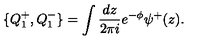
\{ Q _ { 1 } ^ { + } , Q _ { 1 } ^ { - } \} = \int { \frac { d z } { 2 \pi i } } e ^ { - \phi } \psi ^ { + } ( z ) .